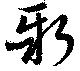
新